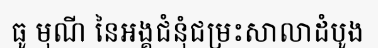
ធូ មុណី នៃអង្គជំនុំជម្រះសាលាដំបូង